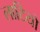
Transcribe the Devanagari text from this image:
लाटियो